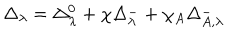
LaTeX: \Delta _ { \lambda } = \Delta _ { \lambda } ^ { 0 } + \chi \Delta _ { \lambda } ^ { - } + \chi _ { A } \Delta _ { A , \lambda } ^ { - }